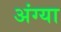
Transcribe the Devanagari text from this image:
अंग्या